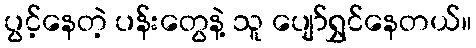
ပွင့်နေတဲ့ ပန်းတွေနဲ့ သူ ပျော်ရွှင်နေတယ်။